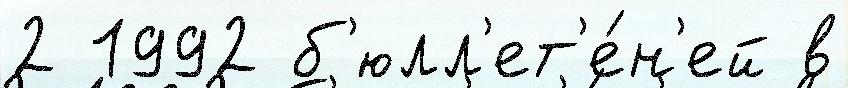
2 1992 б'юлл'ет'е́н'ей в